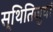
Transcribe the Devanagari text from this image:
स्थितिजुषां